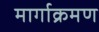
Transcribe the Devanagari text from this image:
मार्गाक्रमण